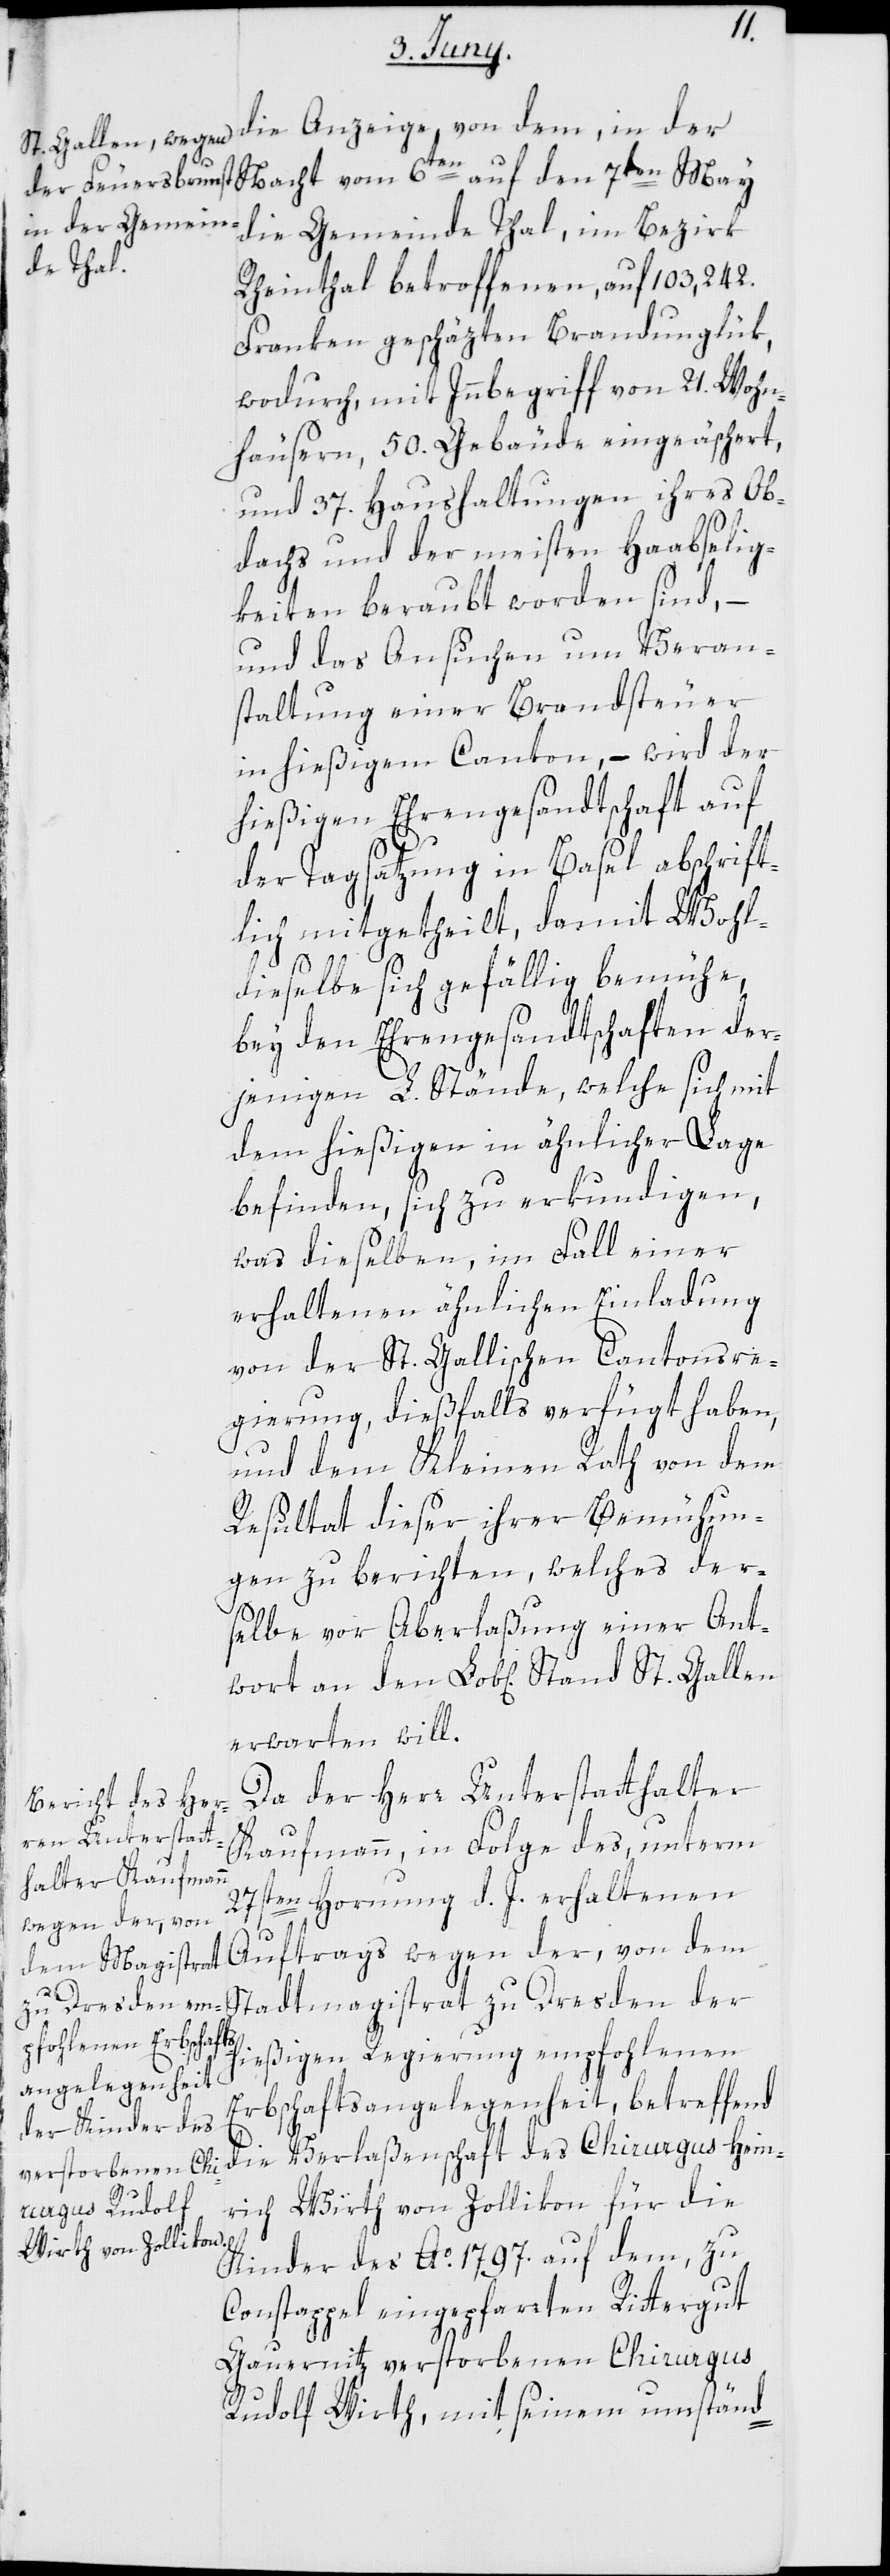
die Anzeige, von dem, in der
die Gemeinde Thal, im Bezirk
Rheinthal betroffenen, auf 103,242.
Franken geschäzten Brandunglük,
wodurch, mit Innbegriff von 21. Wohn¬
häusern, 50. Gebäude eingeäschert,
und 37. Haushaltungen ihres Ob¬
dachs und der meisten Haabselig¬
keiten beraubt worden sind, –
und das Ansuchen um Veran¬
staltung einer Brandsteuer
in hießigem Canton, – wird der
hießigen Ehrengesandtschaft auf
der Tagsatzung in Basel abschrift¬
lich mitgetheilt, damit Wohl¬
zu
dieselbe sich gefällig bemühe,
bey den Ehrengesandtschaften der¬
jenigen L. Stände, welche sich mit
dem hießigen in ähnlicher Lage
befinden, sich zu erkundigen,
was dieselben, im Fall einer
erhaltenen ähnlichen Einladung
von der St. Gallischen Cantonsre¬
gierung, dießfalls verfügt haben,
und dem Kleinen Rath von dem
Resultat dieser ihrer Bemühun¬
gen zu berichten, welches der¬
selbe vor Aberlaßung einer Ant¬
erwarten will.
Da der Herr Unterstatthalter
Kaufmann, in Folge des, unterm
27sten Hornung d. J. erhaltenen
wegen der, von
hießigen Regierung empfohlenen
Erbschaftsangelegenheit, betreffend
die Verlaßenschaft des Chirurgus Hein¬
rich Wirth von Zollikon für die
wort
Kinder des Ao. 1797. auf dem, zu
Constappel eingepfarrten Rittergut
Gauernitz verstorbenen Chirurgus
Rudolf Wirth, mit seinem umständ-